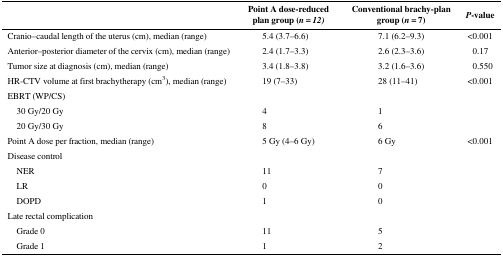
<table><thead><tr><td></td><td><b>Point A dose-reduced plan group (<i>n = 12)</i></b></td><td><b>Conventional brachy-plan group (<i>n</i> = 7)</b></td><td><b><i>P</i>-value</b></td></tr></thead><tbody><tr><td>Cranio–caudal length of the uterus (cm), median (range)</td><td>5.4 (3.7–6.6)</td><td>7.1 (6.2–9.3)</td><td>&lt;0.001</td></tr><tr><td>Anterior–posterior diameter of the cervix (cm), median (range)</td><td>2.4 (1.7–3.3)</td><td>2.6 (2.3–3.6)</td><td>0.17</td></tr><tr><td>Tumor size at diagnosis (cm), median (range)</td><td>3.4 (1.8–3.8)</td><td>3.2 (1.6–3.6)</td><td>0.550</td></tr><tr><td>HR-CTV volume at first brachytherapy (cm<sup>3</sup>), median (range)</td><td>19 (7–33)</td><td>28 (11–41)</td><td>&lt;0.001</td></tr><tr><td>EBRT (WP/CS)</td><td></td><td></td><td></td></tr><tr><td> 30 Gy/20 Gy</td><td>4</td><td>1</td><td></td></tr><tr><td> 20 Gy/30 Gy</td><td>8</td><td>6</td><td></td></tr><tr><td>Point A dose per fraction, median (range)</td><td>5 Gy (4–6 Gy)</td><td>6 Gy</td><td>&lt;0.001</td></tr><tr><td>Disease control</td><td></td><td></td><td></td></tr><tr><td> NER</td><td>11</td><td>7</td><td></td></tr><tr><td> LR</td><td>0</td><td>0</td><td></td></tr><tr><td> DOPD</td><td>1</td><td>0</td><td></td></tr><tr><td>Late rectal complication</td><td></td><td></td><td></td></tr><tr><td> Grade 0</td><td>11</td><td>5</td><td></td></tr><tr><td> Grade 1</td><td>1</td><td>2</td><td></td></tr></tbody></table>